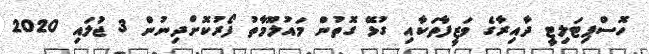
ހޮސްޕިޓަލިޓީ ދާއިރާގެ ވަޒީފާތަކާއި ގުޅޭ ގޮތުން މައުލޫމާތު ފޯރުކޮށްދިނުން 3 ޖުަލައި 2020